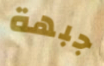
جبهة